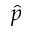
\hat { p }